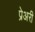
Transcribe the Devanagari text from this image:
प्रेअरी